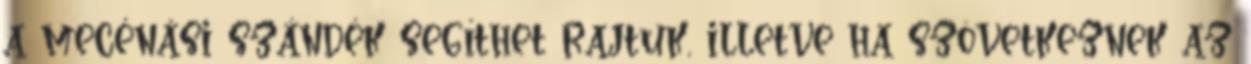
a mecénási szándék segíthet rajtuk, illetve ha szövetkeznek az